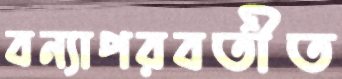
বন্যাপরবর্তীত